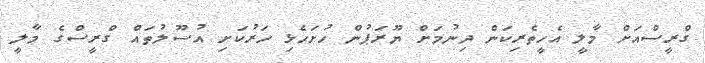
ގްރީސްއަށް މާލީ އެހީތެރިކަން ދިނުމަށް ޔޫރަޕުން ހުށަހެޅި ހަރުކަށި އުސޫލުތައް ގްރީސްގެ މާލީ